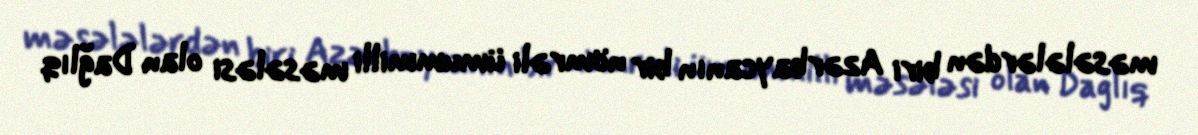
məsələlərdən biri Azərbaycanın bir nömrəli ümummilli məsələsi olan Dağlıq